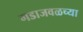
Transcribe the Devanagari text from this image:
गडाजवळच्या